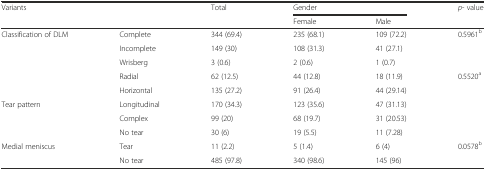
<table><thead><tr><td rowspan="2" colspan="2"><b>Variants</b></td><td rowspan="2"><b>Total</b></td><td colspan="2"><b>Gender</b></td><td rowspan="2"><b><i>p</i>- value</b></td></tr><tr><td><b>Female</b></td><td><b>Male</b></td></tr></thead><tbody><tr><td rowspan="5">Classification of DLM</td><td>Complete</td><td>344 (69.4)</td><td>235 (68.1)</td><td>109 (72.2)</td><td rowspan="3">0.5961<sup>b</sup></td></tr><tr><td>Incomplete</td><td>149 (30)</td><td>108 (31.3)</td><td>41 (27.1)</td></tr><tr><td>Wrisberg</td><td>3 (0.6)</td><td>2 (0.6)</td><td>1 (0.7)</td></tr><tr><td>Radial</td><td>62 (12.5)</td><td>44 (12.8)</td><td>18 (11.9)</td><td rowspan="5">0.5520<sup>a</sup></td></tr><tr><td>Horizontal</td><td>135 (27.2)</td><td>91 (26.4)</td><td>44 (29.14)</td></tr><tr><td rowspan="3">Tear pattern</td><td>Longitudinal</td><td>170 (34.3)</td><td>123 (35.6)</td><td>47 (31.13)</td></tr><tr><td>Complex</td><td>99 (20)</td><td>68 (19.7)</td><td>31 (20.53)</td></tr><tr><td>No tear</td><td>30 (6)</td><td>19 (5.5)</td><td>11 (7.28)</td></tr><tr><td rowspan="2">Medial meniscus</td><td>Tear</td><td>11 (2.2)</td><td>5 (1.4)</td><td>6 (4)</td><td rowspan="2">0.0578<sup>b</sup></td></tr><tr><td>No tear</td><td>485 (97.8)</td><td>340 (98.6)</td><td>145 (96)</td></tr></tbody></table>